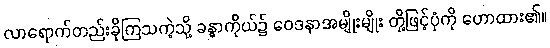
လာရောက်တည်းခိုကြသကဲ့သို့ ခန္ဓာကိုယ်၌ ဝေဒနာအမျိုးမျိုး တို့ဖြင့်ပုံကို ဟောထား၏။